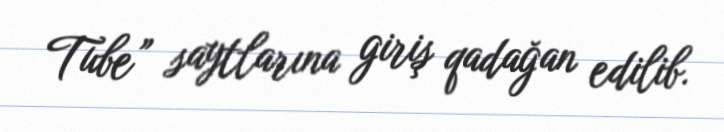
Tube” saytlarına giriş qadağan edilib.